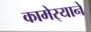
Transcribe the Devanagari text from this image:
कामेर्‍याने